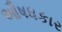
ઔષધકાર